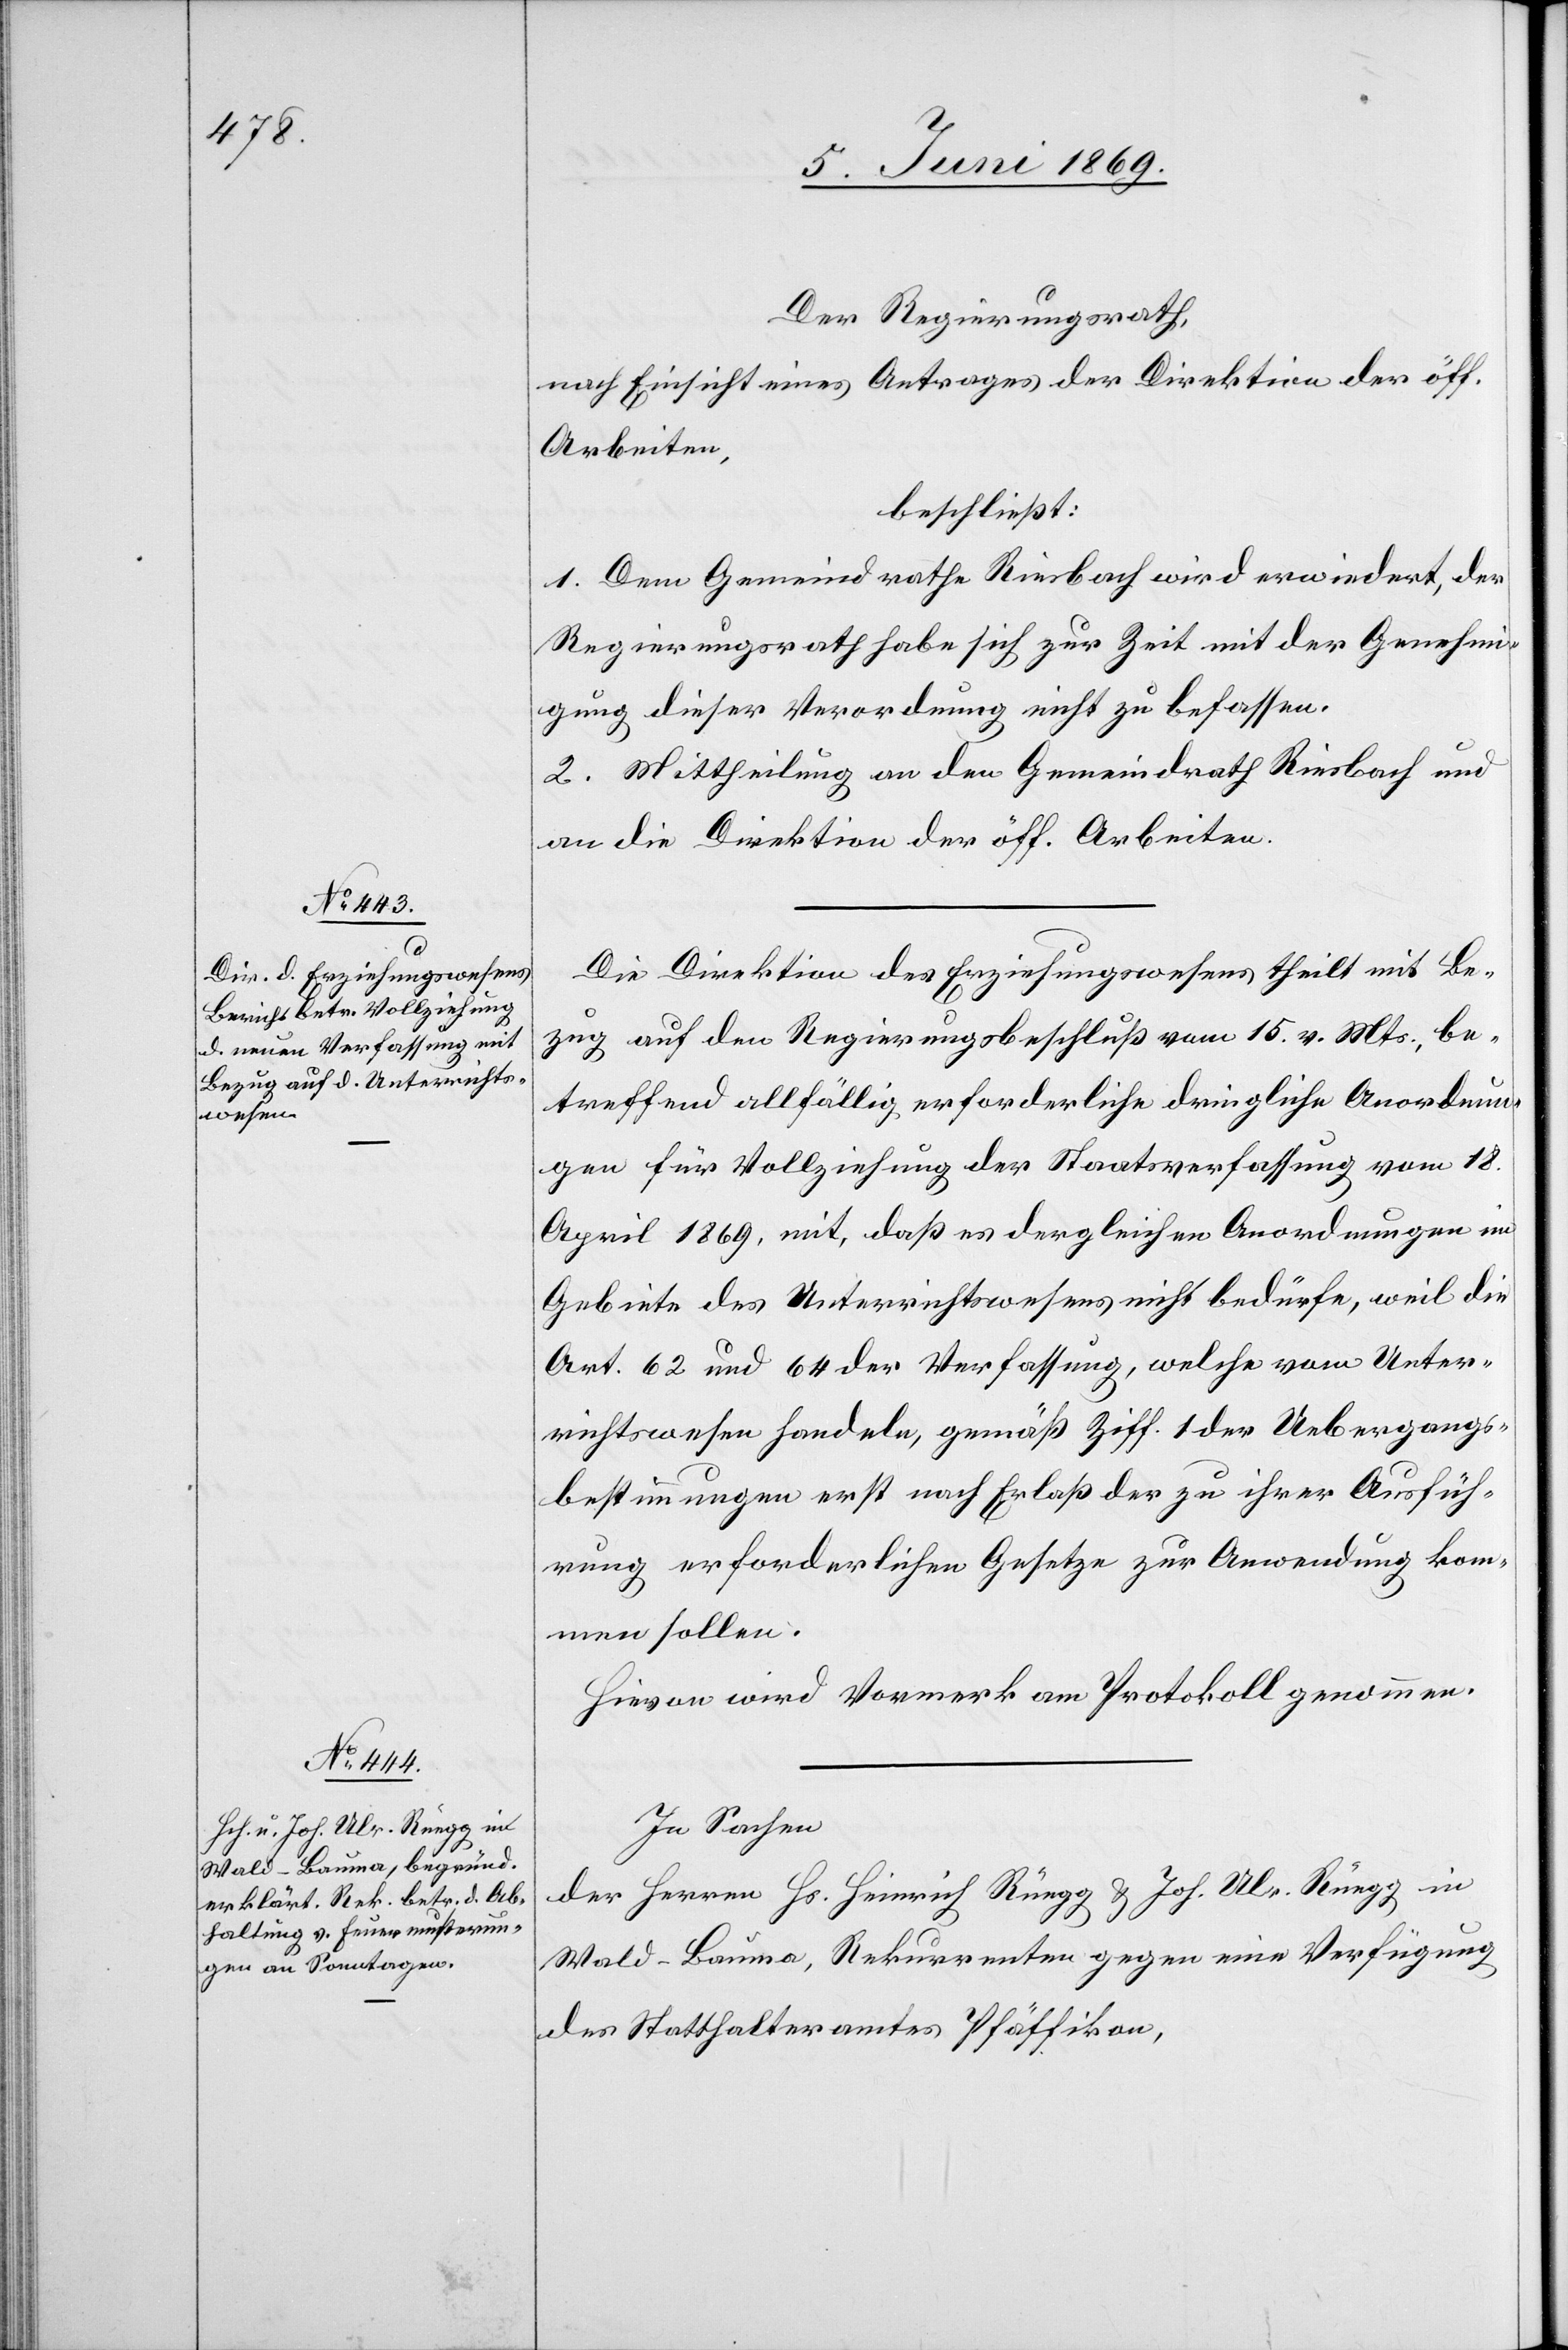
Der Regierungsrath,
nach Einsicht eines Antrages der Direktion der öff.
Arbeiten,
beschließt:
1. Dem Gemeindrathe Riesbach wird erwiedert, der
Regierungsrath habe sich zur Zeit mit der Genehmi¬
gung dieser Verordnung nicht zu befassen.
2. Mittheilung an den Gemeindrath Riesbach und
an die Direktion der öff. Arbeiten.
Die Direktion des Erziehungswesens theilt mit Be¬
zug auf den Regierungsbeschluß vom 15 v. Mts., be¬
treffend allfällig erforderliche dringliche Anordnun¬
gen für Vollziehung der Staatsverfassung vom 18
April 1869, mit, daß es dergleichen Anordnungen im
Gebiete des Unterrichtswesens nicht bedürfe, weil die
Art. 62 und 64 der Verfassung, welche vom Unter¬
richtswesen handeln, gemäß Ziff. 1 der Uebergangs¬
bestimmungen erst nach Erlaß der zu ihrer Ausfüh¬
rung erforderlichen Gesetze zur Anwendung kom¬
men sollen.
Hievon wird Vormerk am Protokoll genommen.
In Sachen
der Herren Hs. Heinrich Rüegg u. Joh. Ulr. Rüegg in
Wald - Bauma, Rekurrenten gegen eine Verfügung
des Statthalteramtes Pfäffikon,